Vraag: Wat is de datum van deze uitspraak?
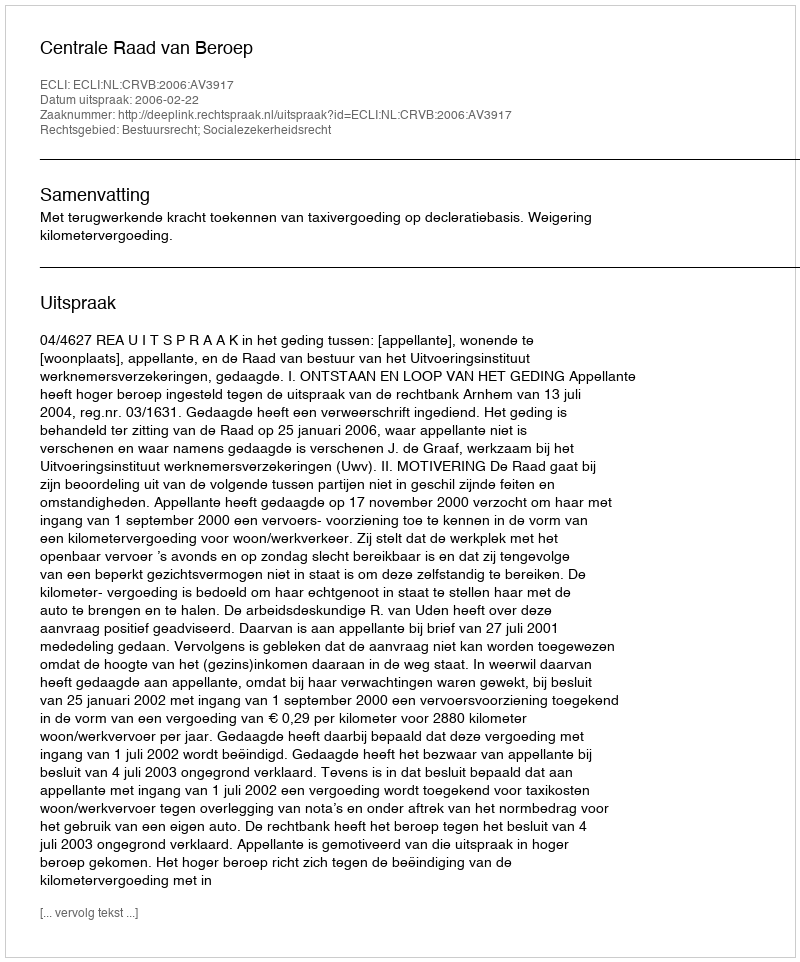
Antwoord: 2006-02-22